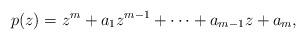
LaTeX: \begin{align*}p(z)=z^m+a_1z^{m-1}+\dots+a_{m-1}z+a_{m},\end{align*}